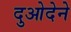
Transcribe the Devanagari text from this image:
दुओदेने